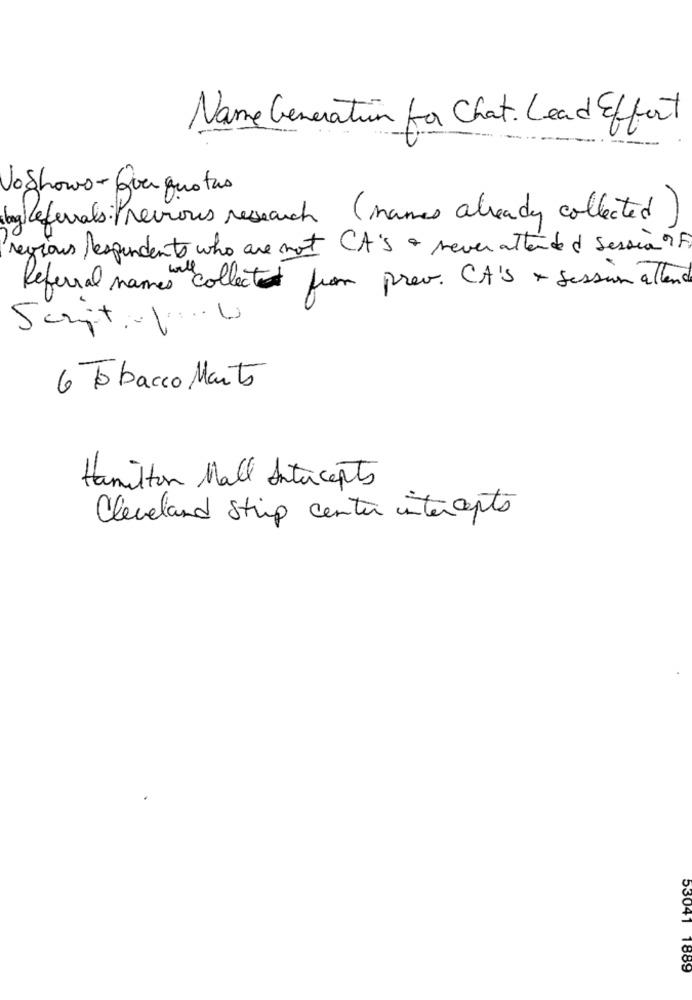
Name Generation for Chat. Lead Effort
JoShows-Quequotas
balleterals: Previous research (names already collected)
regions respondents who are not CA's + rever attende & Sessia ? F.
Referral names collected from prev. CA'S + session attend
Sanit 1 ... 0
6 Tobacco Marto
Hamilton Mall Intercepts
Cleveland Strip center intercepts
53041 1889